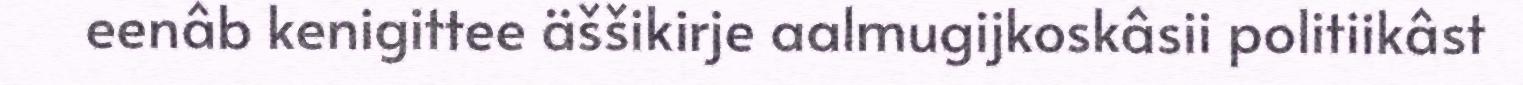
eenâb kenigittee äššikirje aalmugijkoskâsii politiikâst